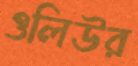
ওলিউর